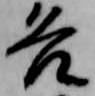
各